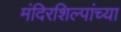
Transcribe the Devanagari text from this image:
मंदिरशिल्पांच्या